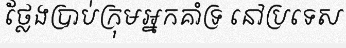
ថ្លែងប្រាប់ក្រុមអ្នកគាំទ្រ នៅប្រទេស